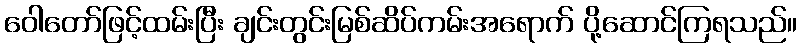
ဝေါတော်ဖြင့်ထမ်းပြီး ချင်းတွင်းမြစ်ဆိပ်ကမ်းအရောက် ပို့ဆောင်ကြရသည်။